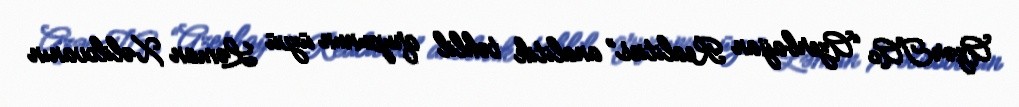
AzərTAc “Azerbaijan Realities” analitik təhlil qrupunun üzvü Ləman Xəlilovanın